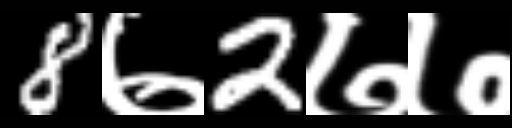
Text: 8७2७७